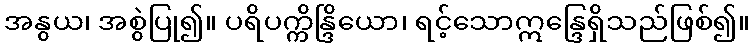
အနွယ၊ အစွဲပြု၍။ ပရိပက္ကိန္ဒြိယော၊ ရင့်သောဣန္ဒြေရှိသည်ဖြစ်၍။